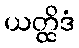
ယတ္ထိဒံ